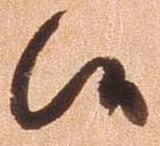
候